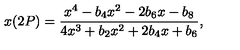
x ( 2 P ) = \frac { x ^ { 4 } - b _ { 4 } x ^ { 2 } - 2 b _ { 6 } x - b _ { 8 } } { 4 x ^ { 3 } + b _ { 2 } x ^ { 2 } + 2 b _ { 4 } x + b _ { 6 } } ,